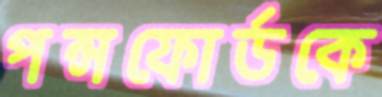
পন্সফোর্ডকে